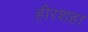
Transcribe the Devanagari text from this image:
हीरशहा